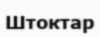
Штоктар